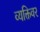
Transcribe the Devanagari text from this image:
व्यक्तिवर